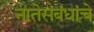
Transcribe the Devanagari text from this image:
नातेसंबंधांचे